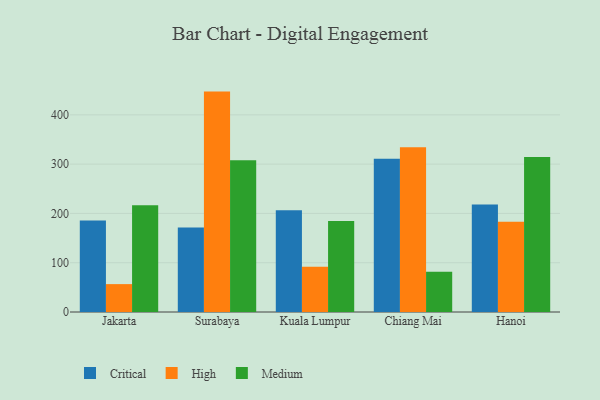
{"axis": {"x": "City", "y": "Latency (ms)"}, "legend": ["Critical", "High", "Medium"], "data": [{"x": "Jakarta", "y": 185.9, "type": "Critical"}, {"x": "Jakarta", "y": 56.6, "type": "High"}, {"x": "Jakarta", "y": 216.5, "type": "Medium"}, {"x": "Surabaya", "y": 171.5, "type": "Critical"}, {"x": "Surabaya", "y": 447.2, "type": "High"}, {"x": "Surabaya", "y": 307.8, "type": "Medium"}, {"x": "Kuala Lumpur", "y": 206.5, "type": "Critical"}, {"x": "Kuala Lumpur", "y": 91.9, "type": "High"}, {"x": "Kuala Lumpur", "y": 184.5, "type": "Medium"}, {"x": "Chiang Mai", "y": 310.9, "type": "Critical"}, {"x": "Chiang Mai", "y": 334.5, "type": "High"}, {"x": "Chiang Mai", "y": 81.8, "type": "Medium"}, {"x": "Hanoi", "y": 217.9, "type": "Critical"}, {"x": "Hanoi", "y": 183.3, "type": "High"}, {"x": "Hanoi", "y": 314.3, "type": "Medium"}]}